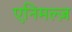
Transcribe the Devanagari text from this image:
एनिमल्ज़